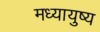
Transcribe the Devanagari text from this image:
मध्यायुष्य